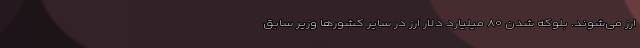
ارز می‌شوند. بلوکه شدن ۸۰ میلیارد دلار ارز در سایر کشورها وزیر سابق